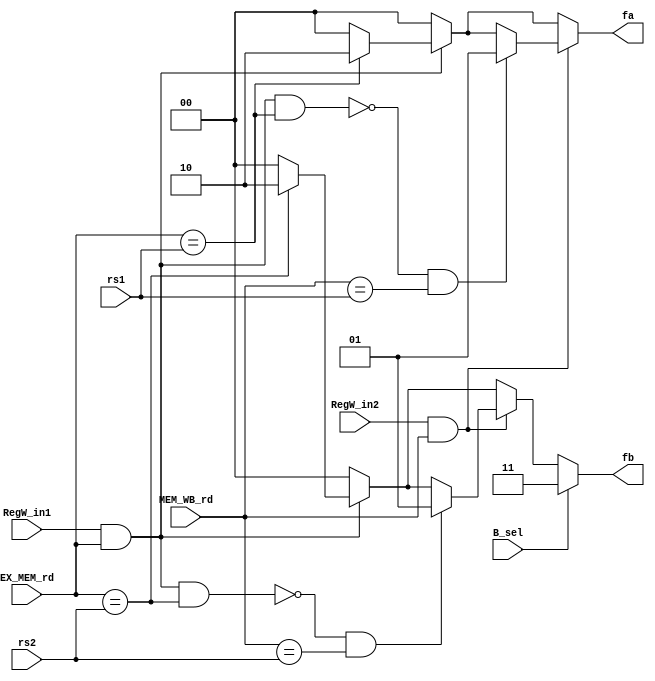
module forwarding_unit (input [4:0] EX_MEM_rd, MEM_WB_rd,
                        input [4:0] rs1, rs2,
                        input RegW_in1, RegW_in2,
                        input B_sel,
                        output reg [1:0] fa, fb);
                        
always @(EX_MEM_rd, MEM_WB_rd, RegW_in1, RegW_in2, rs1, rs2, B_sel) begin
/*  fa=2'b00;
if (B_sel)
  fb=2'b11;
else 
  fb= 2'b00;
  
  if (RegW_in1 && EX_MEM_rd) begin
    if (EX_MEM_rd == rs1)
      fa= 2'b10;
    if (EX_MEM_rd == rs2)
      fb= 2'b10;
  end
  
  if (RegW_in2 && MEM_WB_rd) begin
    if (!(RegW_in1 && EX_MEM_rd && (EX_MEM_rd == rs1)) && (MEM_WB_rd==rs1))
      fa= 2'b01;
    if (!(RegW_in1 && EX_MEM_rd && (EX_MEM_rd == rs2)) && (MEM_WB_rd==rs2))
      fb= 2'b01; 
  end
end */
fa=2'b00;
if (RegW_in1 && EX_MEM_rd) begin
    if (EX_MEM_rd == rs1)
      fa= 2'b10;
end
if (RegW_in2 && MEM_WB_rd) begin
    if (!(RegW_in1 && EX_MEM_rd && (EX_MEM_rd == rs1)) && (MEM_WB_rd==rs1))
      fa= 2'b01;
end
/////////
  fb= 2'b00;
if (B_sel)
  fb=2'b11;
else begin
 fb= 2'b00;
   if (RegW_in1 && EX_MEM_rd) begin
    if (EX_MEM_rd == rs2)
      fb= 2'b10;
   end
   if (RegW_in2 && MEM_WB_rd) begin
    if (!(RegW_in1 && EX_MEM_rd && (EX_MEM_rd == rs2)) && (MEM_WB_rd==rs2))
      fb= 2'b01; 
   end
end
end
endmodule